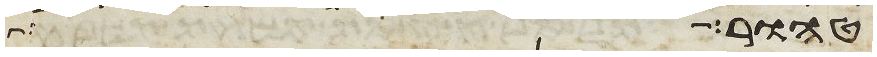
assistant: טהור ככר